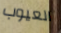
العيوب